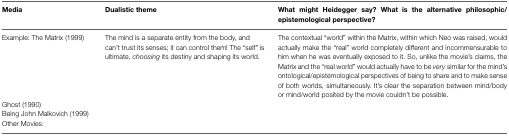
<table><thead><tr><td><b>Media</b></td><td><b>Dualistic theme</b></td><td><b>What might Heidegger say? What is the alternative philosophic/epistemological perspective?</b></td></tr></thead><tbody><tr><td>Example: The Matrix (1999)</td><td>The mind is a separate entity from the body, and can’t trust its senses; it can control them! The “self” is ultimate, <i>choosing</i> its destiny and shaping its world.</td><td>The contextual “world” within the Matrix, within which Neo was raised, would actually make the “real” world completely different and incommensurable to him when he was eventually exposed to it. So, unlike the movie’s claims, the Matrix and the “real world” would actually have to be <i>very</i> similar for the mind’s ontological/epistemological perspectives of being to share and to make sense of both worlds, simultaneously. It’s clear the separation between mind/body or mind/world posited by the movie couldn’t be possible.</td></tr><tr><td>Ghost (1990)Being John Malkovich(1999)Other Movies:</td><td></td><td></td></tr></tbody></table>